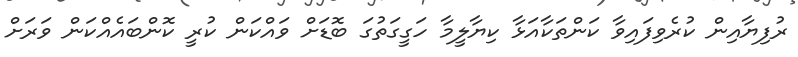
ރުފިޔާއިން ކުރެވިފައިވާ ކަންތަކާއަޅާ ކިޔާލީމާ ހަގީގަތުގަ ބޮޑަށް ވައްކަން ކުރީ ކޮންބައެއްކަން ވަރަށް